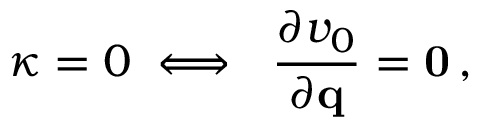
\kappa = 0 \iff \ \frac { \partial v _ { 0 } } { \partial { \bf q } } = { \bf 0 } \, ,